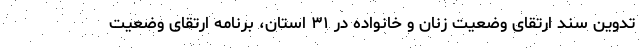
تدوین سند ارتقای وضعیت زنان و خانواده در ۳۱ استان، برنامه ارتقای وضعیت